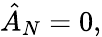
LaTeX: \hat{A}_{N}=0,